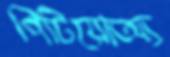
পিটিয়োঅ্য